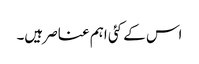
اس کے کئی اہم عناصر ہیں۔